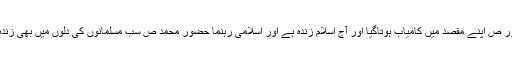
حضور ص اپنے مقصد میں کامیاب ہوتاگیا اور آج اسلام زندہ ہے اور اسلامی رہنما حضور محمد ص سب مسلمانوں کی دلوں میں بھی زندہ ہے۔